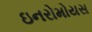
ઇનરોમોયસ